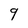
Character: 9